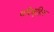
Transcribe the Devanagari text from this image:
परिबृहित